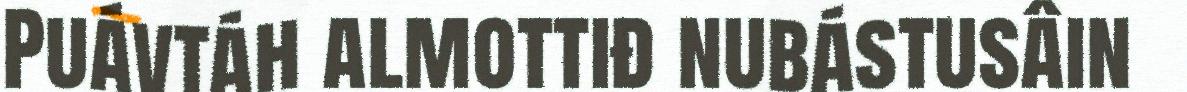
Puávtáh almottiđ nubástusâin